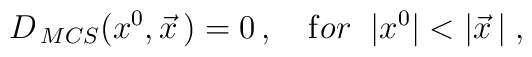
D_{\mathrm\, MCS}(x^0 ,\vec{x}\,)=0\,, \quad {\mathrm for}\;\; |x^0 |<|\vec{x}\,| \; ,